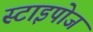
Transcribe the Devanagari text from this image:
स्टाइपोज